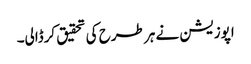
اپوزیشن نے ہر طرح کی تحقیق کرڈالی۔